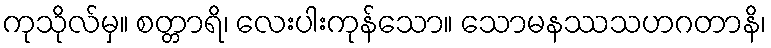
ကုသိုလ်မှ။ စတ္တာရိ၊ လေးပါးကုန်သော။ သောမနဿသဟဂတာနိ၊